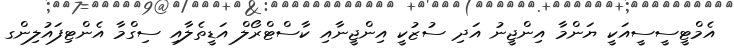
އެމްޓީސީސީއަކީ ޔަންމާ އިންޖީނު އަދި ސުޒުކީ އިންޖީނާއި ކާސްޓްރޯލް އަޑީތެލާއި ސިގްމާ އެންޓިފައުލިންގ